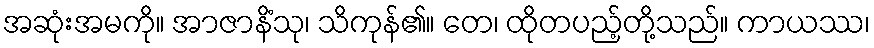
အဆုံးအမကို။ အာဇာနိံသု၊ သိကုန်၏။ တေ၊ ထိုတပည့်တို့သည်။ ကာယဿ၊